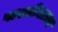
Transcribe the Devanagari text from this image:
पाश्चीमात्त्य